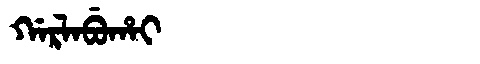
Manchu: ᡤᠠᡵᠯᠠᠪᡠᡥᠠᡳ
Romanization: GARLABUHAI